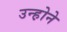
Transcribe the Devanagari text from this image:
उन्ह़ोने